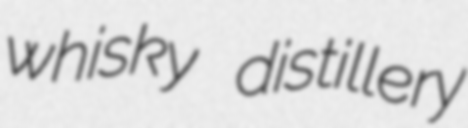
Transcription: whisky distillery